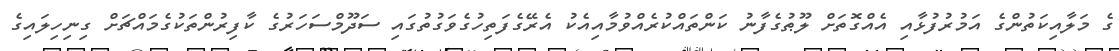
ގެ މަލާއިކަތުންގެ އަމުރުފުޅާއި އެއްގޮތަށް ލޫޠުގެފާނު ކަންތައްކުރެއްވުމާއިއެކު އެރޭގެފަތިހުގެވަގުތުގައި ސަދޫމްސަހަރުގެ ކާފިރުންތަކުގެމައްޗަށް ގިނިހިލައިގެ